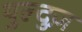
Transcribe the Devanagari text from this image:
युल्दुज़